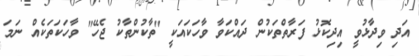
އަދި ވިދާޅުވީ އިދިކޮޅު ފަރާތްތަކުން ދައްކަވާ ވާހަކައަކީ "ތާކުންތާކު ޖެހޭ" ވާހަކަތަކެއް ނަމަ